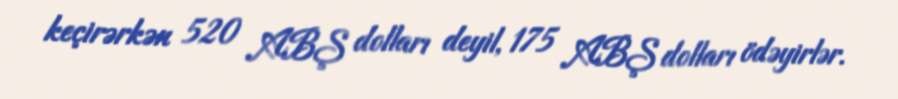
keçirərkən 520 ABŞ dolları deyil, 175 ABŞ dolları ödəyirlər.